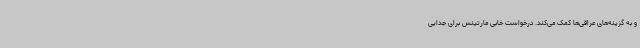
و به گزینه‌های عراقی‌ها کمک می‌کند. درخواست خابی مارتینس برای جدایی